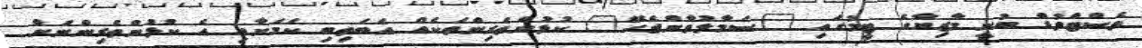
ވެސްޓްވުޑް ބުނީ މާޒިޔާގެ ޓީމުގައި "ސަމާލުވާންޖެހޭ" ކުޅުންތެރިންތަކެއް އެބަތިބި ކަމަށާއި އެ ކުޅުންތެރިންނަށް